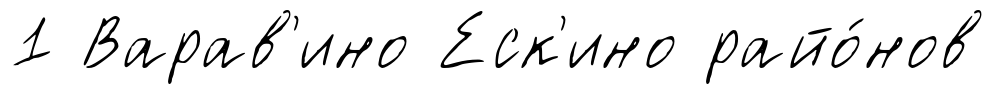
1 Варав'ино Еск'ино райо́нов